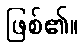
ဖြစ်၏။